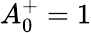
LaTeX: A_{0}^{+}=1